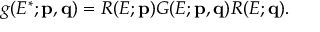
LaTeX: g ( E ^ { * } ; { \bf p } , { \bf q } ) = R ( E ; { \bf p } ) G ( E ; { \bf p } , { \bf q } ) R ( E ; { \bf q } ) .